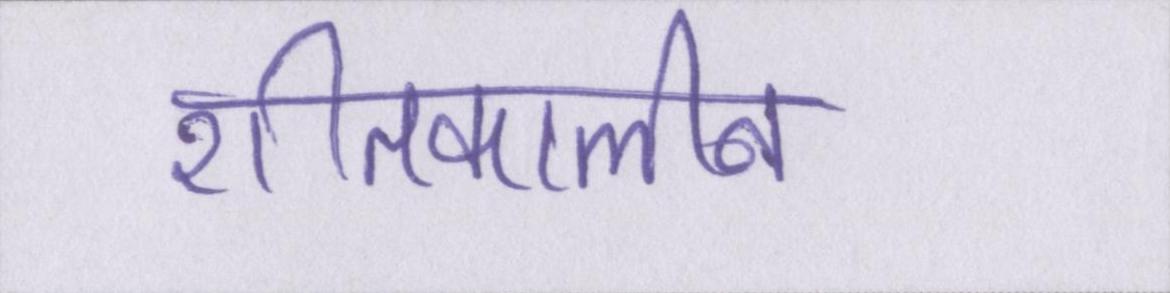
शीतकालीन